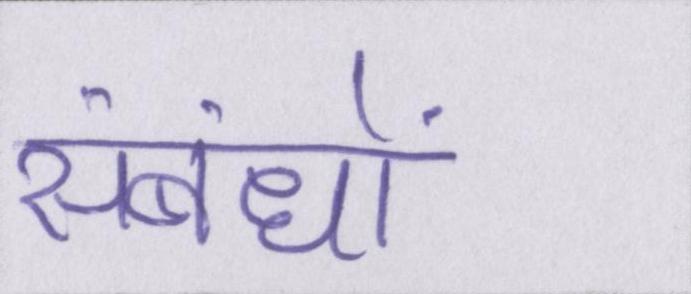
संबंधों